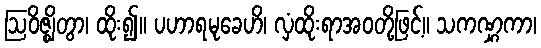
ဩဝိဇ္ဈိတွာ၊ ထိုး၍။ ပဟာရမုခေဟိ၊ လှံထိုးရာအဝတို့ဖြင့်။ သကဏ္ဋကာ၊